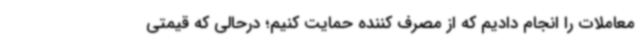
معاملات را انجام دادیم که از مصرف کننده حمایت کنیم؛ درحالی که قیمتی